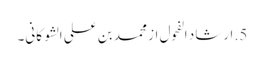
5. ارشاد الفحول از محمد بن علی الشوکانی۔